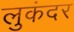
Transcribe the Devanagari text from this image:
लुकंदर